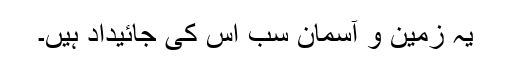
یہ زمین و آسمان سب اس کی جائیداد ہیں۔